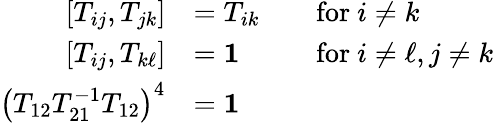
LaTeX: {\begin{array}{rlrl}{\left[T_{ij},T_{jk}\right]}&{=T_{ik}}&&{{\mathrm{for~}}i\neq k}\\ {\left[T_{ij},T_{k\ell}\right]}&{=\mathbf{1}}&&{{\mathrm{for~}}i\neq\ell,j\neq k}\\ {\left(T_{12}T_{21}^{-1}T_{12}\right)^{4}}&{=\mathbf{1}}\end{array}}